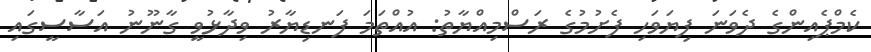
ކެމްޕެއިންގެ ދެވަނަ ފިޔަވަހި ފެށުމުގެ ރަސްމިއްޔާތު: އުއްތަމަ ފަނޑިޔާރު ވިދާޅުވީ ގާނޫނު އަސާސީގައި